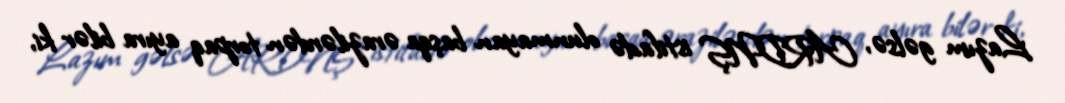
Lazım gəlsə, ARDNŞ istifadə olunmayan başqa ərazilərdən torpaq ayıra bilər ki,